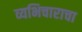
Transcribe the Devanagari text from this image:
व्यभिचाराचा